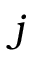
j